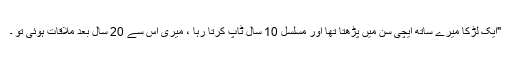
"ایک لڑکا میرے ساتھ ایچی سن میں پڑھتا تھا اور مسلسل 10 سال ٹاپ کرتا رہا ، میری اس سے 20 سال بعد ملاقات ہوئی تو ۔